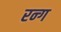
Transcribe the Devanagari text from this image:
रन्ग